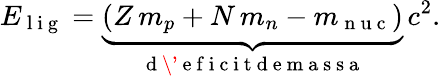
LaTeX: E_{\mathrm{~l~i~g~}}=\underbrace{(Z\, m_{p}+N\, m_{n}-m_{\mathrm{~n~u~c~}})}_{\mathrm{~d~\' ~e~f~i~c~i~t~d~e~m~a~s~s~a~}}\, c^{2}.